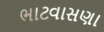
ભાટવાસણા